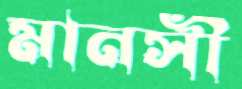
মানসী